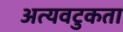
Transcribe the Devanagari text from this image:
अत्यवटुकता